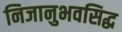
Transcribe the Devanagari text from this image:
निजानुभवसिद्ध